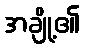
အချို့၏